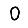
Digit: 0